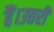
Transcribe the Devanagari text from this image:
हैं।उत्तरी